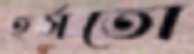
হর্সতো